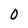
Character: 0